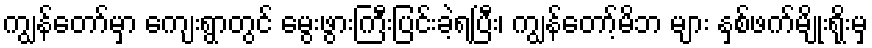
ကျွန်တော်မှာ ကျေးရွာတွင် မွေးဖွားကြီးပြင်းခဲ့ရပြီး၊ ကျွန်တော့်မိဘ များ နှစ်ဖက်မျိုးရိုးမှ